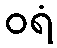
ဝရံ